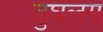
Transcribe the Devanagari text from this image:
तुघलग